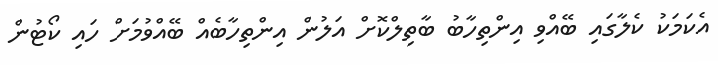
އެކަމަކު ކެލާގައި ބޭއްވި އިންތިހާބު ބާތިލްކޮށް އަލުން އިންތިހާބެއް ބޭއްވުމަށް ހައި ކޯޓުން